Report of the Indian Hemp Drugs Commission, 1894-1895 - Volume IV
Year: 1894
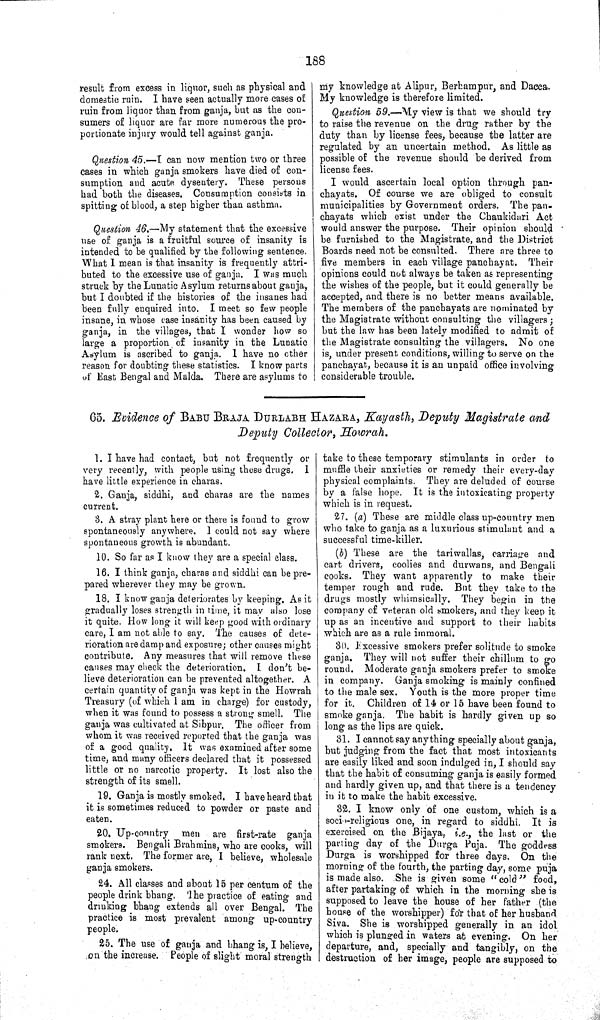
188
result from excess in liquor, such as physical and
domestic ruin. I have seen actually more cases of
ruin from liquor than from ganja, but as the con-
sumers of liquor are far more numerous the pro-
portionate injury would tell against ganja.
Question 45.—I can now mention two or three
cases in which ganja smokers have died of con-
sumption and acute dysentery. These persons
had both the diseases. Consumption consists in
spitting of blood, a step higher than asthma.
Question 46.—My statement that the excessive
use of ganja is a fruitful source of insanity is
intended to be qualified by the following sentence.
What I mean is that insanity is frequently attri-
buted to the excessive use of ganja. I was much
struck by the Lunatic Asylum returns about ganja,
but I doubted if the histories of the insanes had
been fully enquired into. I meet so few people
insane, in whose case insanity has been caused by
ganja, in the villages, that I wonder how so
large a proportion of insanity in the Lunatic
Asylum is ascribed to ganja. I have no other
reason for doubting these statistics. I know parts
of East Bengal and Malda. There are asylums to
my knowledge at Alipur, Berhampur, and Dacca.
My knowledge is therefore limited.
Question 59.—My view is that we should try
to raise the revenue on the drug rather by the
duty than by license fees, because the latter are
regulated by an uncertain method. As little as
possible of the revenue should be derived from
license fees.
I would ascertain local option through pan-
chayats. Of course we are obliged to consult
municipalities by Government orders. The pan-
chayats which exist under the Chaukidari Act
would answer the purpose. Their opinion should
be furnished to the Magistrate, and the District
Boards need not be consulted. There are three to
five members in each village panchayat. Their
opinions could not always be taken as representing
the wishes of the people, but it could generally be
accepted, and there is no better means available.
The members of the panchayats are nominated by
the Magistrate without consulting the villagers;
but the law has been lately modified to admit of
the Magistrate consulting the villagers. No one
is, under present conditions, willing to serve on the
panchayat, because it is an unpaid office involving
considerable trouble.
65. Evidence of BABU BRAJA DURLABH HAZARA, Kayasth, Deputy Magistrate and
Deputy Collector, Howrah.
1. I have had contact, but not frequently or
very recently, with people using these drugs.
I
have little experience in charas.
2. Ganja, siddhi, and charas are the names
current.
3. A stray plant here or there is found to grow
spontaneously anywhere. I could not say where
spontaneous growth is abundant.
10. So far as I know they are a special class.
16. I think ganja, charas and siddhi can be pre-
pared wherever they may be grown.
18. I know ganja deteriorates by keeping. As it
gradually loses strength in time, it may also lose
it quite. How long it will keep good with ordinary
care, I am not able to say. The causes of dete-
rioration are damp and exposure; other causes might
contribute. Any measures that will remove these
causes may check the deterioration. I don't be-
lieve deterioration can be prevented altogether. A
certain quantity of ganja was kept in the Howrah
Treasury (of which I am in charge) for custody,
when it was found to possess a strong smell. The
ganja was cultivated at Sibpur. The officer from
whom it was received reported that the ganja was
of a good quality. It was examined after some
time, and many officers declared that it possessed
little or no narcotic property. It lost also the
strength of its smell.
19. Ganja is mostly smoked. I have heard that
it is sometimes reduced to powder or paste and
eaten.
20. Up-country
men are
first-rate
ganja
smokers. Bengali Brahmins, who are cooks, will
rank next. The former are, I believe, wholesale
ganja smokers.
24. All classes and about 15 per centum of the
people drink bhang. The practice of eating and
drinking bhang extends all over Bengal. The
practice is most prevalent among up-country
people.
25. The use of ganja and bhang is, I believe,
on the increase. People of slight moral strength
take to these temporary stimulants in order to
muffle their anxieties or remedy their every-day
physical complaints. They are deluded of course
by a false hope. It is the intoxicating property
which is in request.
27. (a) These are middle class up-country men
who take to ganja as a luxurious stimulant and a
successful time-killer.
(b) These are the tariwallas, carriage and
cart drivers, coolies and durwans, and Bengali
cooks. They want apparently to make their
temper rough and rude. But they take to the
drugs mostly whimsically. They begin in the
company of veteran old smokers, and they keep it
up as an incentive and support to their habits
which are as a rule immoral.
30. Excessive smokers prefer solitude to smoke
ganja. They will not suffer their chillum to go
round. Moderate ganja smokers prefer to smoke
in company. Ganja smoking is mainly confined
to the male sex. Youth is the more proper time
for it.
Children of 14 or 15 have been found to
smoke ganja. The habit is hardly given up so
long as the lips are quick.
31. I cannot say anything specially about ganja,
but judging from the fact that most intoxicants
are easily liked and soon indulged in, I should say
that the habit of consuming ganja is easily formed
and hardly given up, and that there is a tendency
in it to make the habit excessive.
32. I know only of one custom, which is a
socio-religious one, in regard to siddhi. It is
exercised on the Bijaya, i.e., the last or the
parting day of the Durga Puja. The goddess
Durga is worshipped for three days. On the
morning of the fourth, the parting day, some puja
is made also. She is given some "cold" food,
after partaking of which in the morning she is
supposed to leave the house of her father (the
house of the worshipper) for that of her husband
Siva. She is worshipped generally in an idol
which is plunged in waters at evening. On her
departure, and, specially and tangibly, on the
destruction of her image, people are supposed to